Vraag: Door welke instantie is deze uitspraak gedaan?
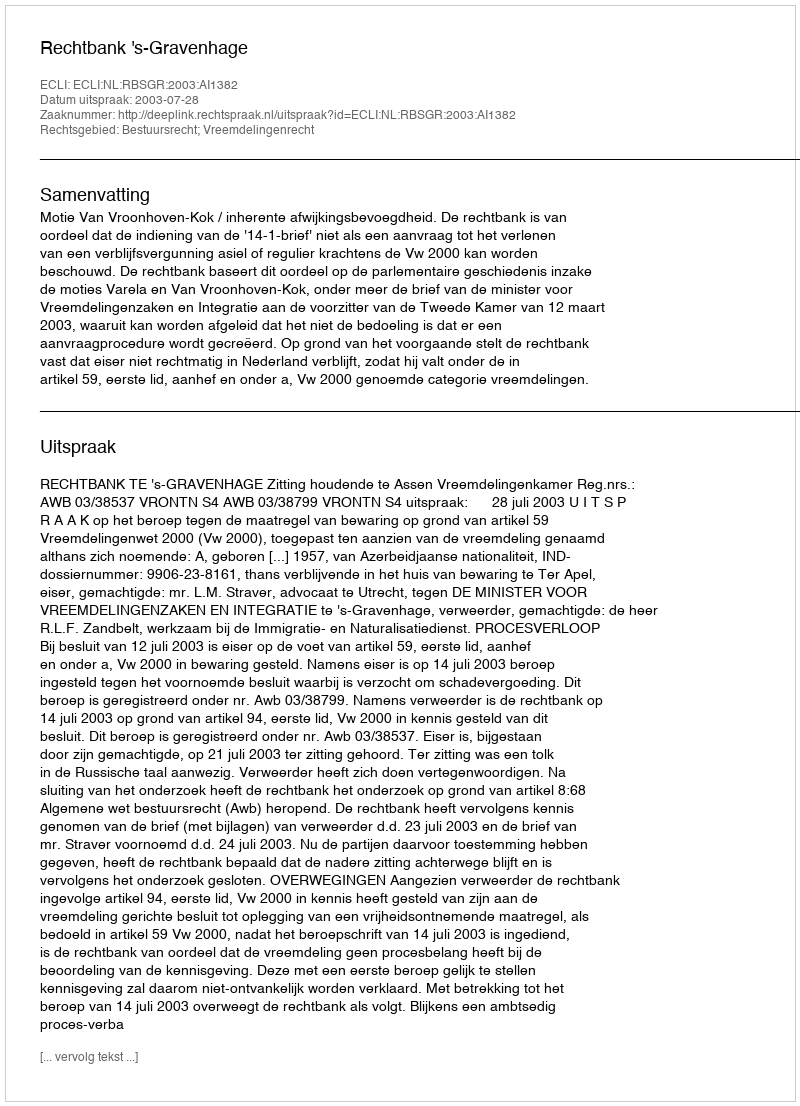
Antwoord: Rechtbank 's-Gravenhage